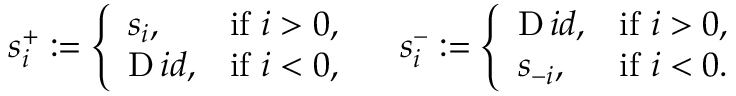
s _ { i } ^ { + } : = \left\{ \begin{array} { l l } { s _ { i } , } & { \mathrm { i f ~ } i > 0 , } \\ { { \operatorname Ḋ i d Ḍ } , } & { \mathrm { i f ~ } i < 0 , } \end{array} \right. \quad s _ { i } ^ { - } : = \left\{ \begin{array} { l l } { { \operatorname Ḋ i d Ḍ } , } & { \mathrm { i f ~ } i > 0 , } \\ { s _ { - i } , } & { \mathrm { i f ~ } i < 0 . } \end{array} \right.